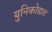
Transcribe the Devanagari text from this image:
युनिकोडात